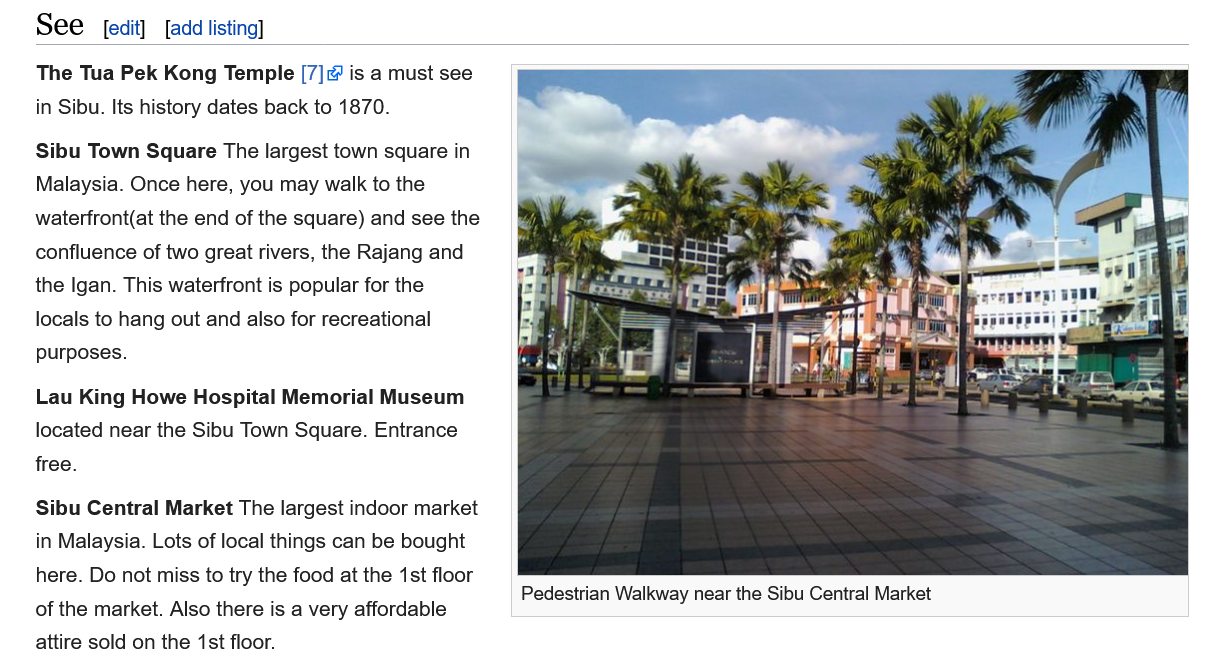
The  Tua Pek Kong  Temple [7] is  a must see
    in Sibu. Its history dates back to 1870.
    Sibu Town  Square The largest town square in
    Malaysia. Once here, you may walk to the
    waterfront(at the end of the square) and see the
    confluence of two great rivers, the Rajang and
    the Igan. This waterfront is popular for the
    locals to hang out and also for recreational
    purposes.
    Lau  King Howe  Hospital Memorial  Museum
    located near the Sibu Town Square. Entrance
    free.
    Sibu Central Market The largest indoor market
    in Malaysia. Lots of local things can be bought
    here. Do not miss to try the food at the 1st floor
    of the market. Also there is a very affordable
    attire sold on the 1st floor.
    See    [edit] [add listing]
     Pedestrian Walkway near the Sibu Central Market